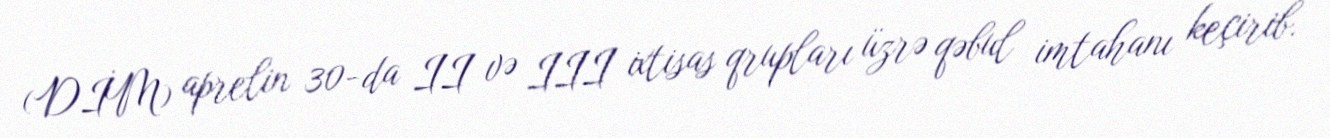
(DİM) aprelin 30-da II və III ixtisas qrupları üzrə qəbul imtahanı keçirib.